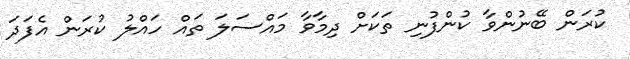
ކުރަން ބޭނުންވާ ކުންފުނި ތަކަށް ދިމާވާ މައްސަލަ ތައް ހައްލު ކުރަން އެފަދަ